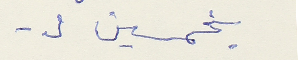
بخمسين ل.